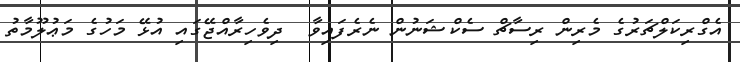
އެގްރިކަލްޗަރުގެ މެރިން ރިސާޗް ސެކްޝަނުން ނެރެފައިވާ  ދިވެހިރާއްޖޭގައި އުޅޭ މަހުގެ މަޢުލޫމާތު